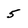
Character: 5